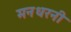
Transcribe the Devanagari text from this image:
मनधरनी